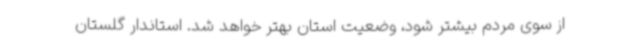
از سوی مردم بیشتر شود، وضعیت استان بهتر خواهد شد. استاندار گلستان